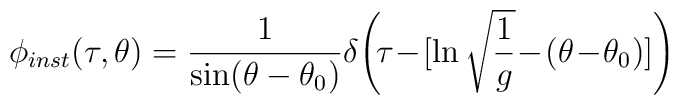
\hspace{-1pc}\phi_{inst}(\tau,\theta)={1\over\sin(\theta-\theta_0) }\delta\!\left(\!\tau\!-\![\ln\sqrt{{1\over g}}\!-\!(\theta\!-\!\theta_0)]\right)